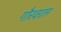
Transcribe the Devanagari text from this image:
गौरवग्राम